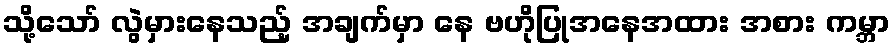
သို့သော် လွဲမှားနေသည့် အချက်မှာ နေ ဗဟိုပြုအနေအထား အစား ကမ္ဘာ